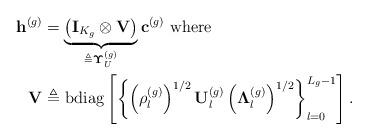
LaTeX: \begin{align*}\mathbf{h}^{(g)}&= \underbrace{\left(\mathbf{I}_{K_g} \otimes \mathbf{V}\right)}_{\triangleq \boldsymbol{\Upsilon}_{U}^{(g)}}\mathbf{c}^{(g)}\textrm{ where } \\\mathbf{V} &\triangleq \operatorname{bdiag}\left[\left\{\left(\rho_l^{(g)}\right)^{1/2}\mathbf{U}_l^{(g)}\left(\boldsymbol{\Lambda}_l^{(g)}\right)^{1/2}\right\}_{l=0}^{L_g-1}\right].\end{align*}